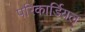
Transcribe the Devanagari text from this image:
परिकार्डियल